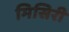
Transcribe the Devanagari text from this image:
मिसिरी